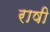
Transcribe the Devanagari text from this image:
राषी